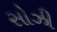
સોઝી